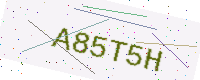
Text: A85T5H